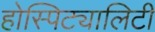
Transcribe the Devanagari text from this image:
होस्पिट्यालिटी